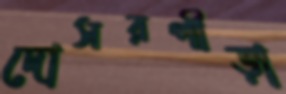
দোসরপীড়া